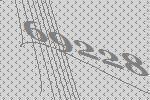
69228